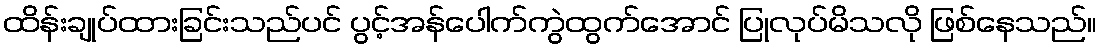
ထိန်းချုပ်ထားခြင်းသည်ပင် ပွင့်အန်ပေါက်ကွဲထွက်အောင် ပြုလုပ်မိသလို ဖြစ်နေသည်။